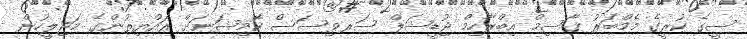
ސީގެ ކުރީގެ މެމްބަރު ޤާސިމް އިބްރާހިމް ޖުޑީޝަލް ސަރވިސަސް ކޮމިޝަނަށް ރައްޔިތުންގެ މަޖިލީހުން